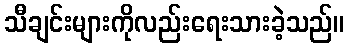
သီချင်းများကိုလည်းရေးသားခဲ့သည်။